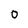
Character: 0